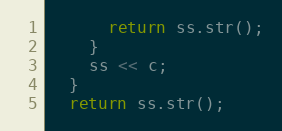
Language: C++
      return ss.str();
    }
    ss << c;
  }
  return ss.str();